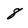
Character: 8